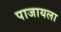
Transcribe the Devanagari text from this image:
पाजायला